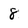
Character: 8